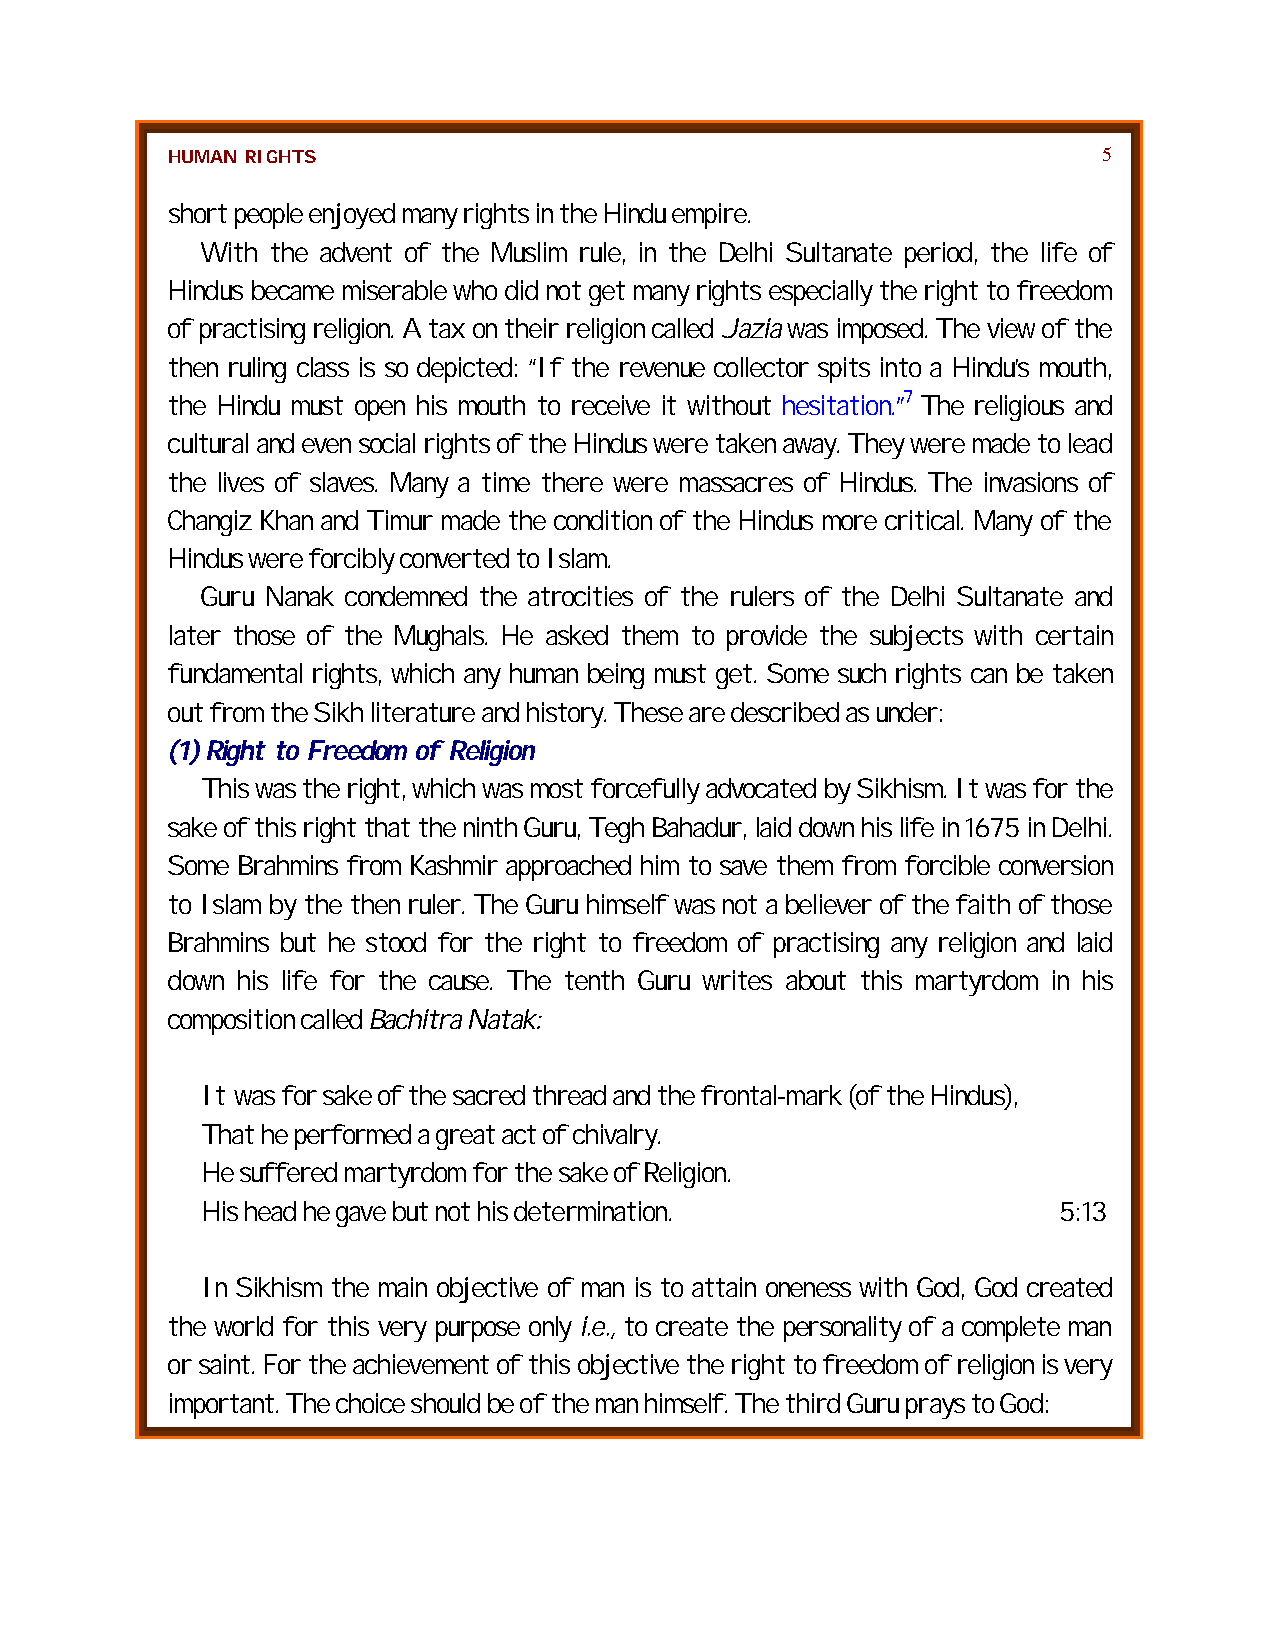
HUMAN RIGHTS                                                  5
 short people enjoyed many rights in the Hindu empire.
 With the advent of the Muslim rule, in the Delhi Sultanate period, the life of
 Hindus became miserable who did not get many rights especially the right to freedom
 of practising religion. A tax on their religion called Jazia was imposed. The view of the
 then ruling class is so depicted: “If the revenue collector spits into a Hindu’s mouth,
 the Hindu must open his mouth to receive it without hesitation.”7 The religious and
 cultural and even social rights of the Hindus were taken away. They were made to lead
 the lives of slaves. Many a time there were massacres of Hindus. The invasions of
 Changiz Khan and Timur made the condition of the Hindus more critical. Many of the
 Hindus were forcibly converted to Islam.
 Guru Nanak condemned the atrocities of the rulers of the Delhi Sultanate and
 later those of the Mughals. He asked them to provide the subjects with certain
 fundamental rights, which any human being must get. Some such rights can be taken
 out from the Sikh literature and history. These are described as under:
 (1) Right to Freedom of Religion
 This was the right, which was most forcefully advocated by Sikhism. It was for the
 sake of this right that the ninth Guru, Tegh Bahadur, laid down his life in 1675 in Delhi.
 Some Brahmins from Kashmir approached him to save them from forcible conversion
 to Islam by the then ruler. The Guru himself was not a believer of the faith of those
 Brahmins but he stood for the right to freedom of practising any religion and laid
 down his life for the cause. The tenth Guru writes about this martyrdom in his
 composition called Bachitra Natak:
 It was for sake of the sacred thread and the frontal-mark (of the Hindus),
 That he performed a great act of chivalry.
 He suffered martyrdom for the sake of Religion.
 His head he gave but not his determination.              5:13
 In Sikhism the main objective of man is to attain oneness with God, God created
 the world for this very purpose only i.e., to create the personality of a complete man
 or saint. For the achievement of this objective the right to freedom of religion is very
 important. The choice should be of the man himself. The third Guru prays to God: